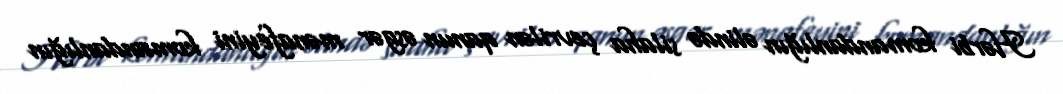
Hərbi komandanlığın əlində silaha çevrilən qanun əsgər mənafeyini komandanlığın